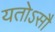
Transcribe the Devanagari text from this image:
यतोऽसौ